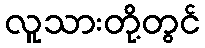
လူသားတို့တွင်